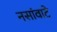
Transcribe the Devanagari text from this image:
नसांवाटे